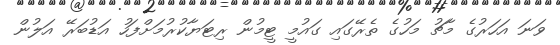
ވަނަ އަހަރުގެ މާޗު މަހުގެ ތެރޭގައި ގައުމީ ޓީމުން ރިޓަޔާކުރުމަށްފަހު އަޑުބަރޭ އަލުން